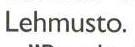
Lehmusto.